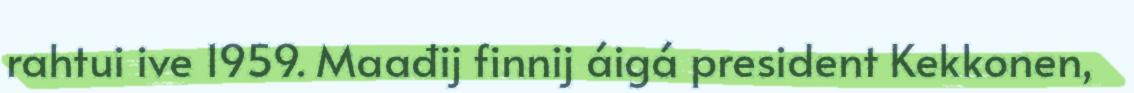
rahtui ive 1959. Maađij finnij áigá president Kekkonen,